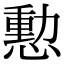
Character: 憅